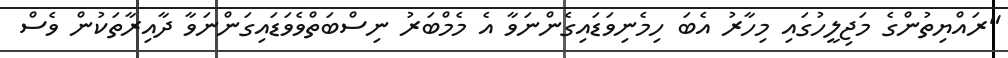
"ރައްޔިތުންގެ މަޖިލީހުގައި މިހާރު އެބަ ހިމެނިވަޑައިގެންނަވާ އެ މެމްބަރު ނިސްބަތްވެވަޑައިގަންނަވާ ދާއިރާތަކުން ވެސް